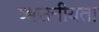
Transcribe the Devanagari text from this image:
व्श्वसनीयता